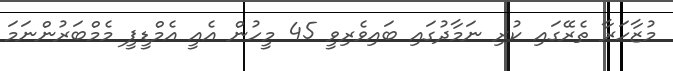
މުޒާހަރާ ތެރޭގައި ކުރި ނަމާދުގައި ބައިވެރިވީ 45 މީހުން އެއީ އެމްޑީޕީ މެމްބަރުންނަމަ